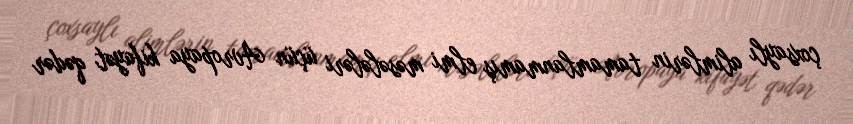
çoxsaylı alimlərin tamamlanmamış elmi məsələləri üçün Avropaya kifayət qədər